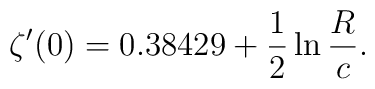
\zeta' (0)= 0.38429+\frac{1}{2}\ln\frac{R}{c}.